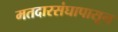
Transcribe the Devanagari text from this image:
मतदारसंघापासून